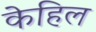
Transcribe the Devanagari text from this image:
केहिल